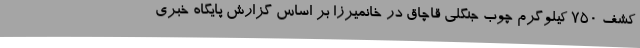
کشف 750 کیلوگرم چوب جنگلی قاچاق در خانمیرزا بر اساس گزارش پایگاه خبری